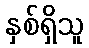
နှစ်ရှိသူ